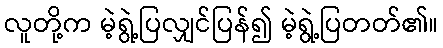
လူတို့က မဲ့ရွဲ့ပြလျှင်ပြန်၍ မဲ့ရွဲ့ပြတတ်၏။